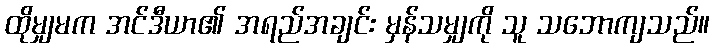
ထိုမျှမက အင်ဒီယာ၏ အရည်အချင်း မှန်သမျှကို သူ သဘောကျသည်။